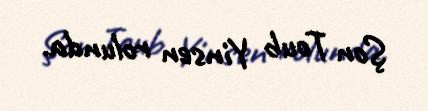
Şon Toub Yinsen rolunda.